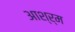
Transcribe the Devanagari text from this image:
आश्र्म